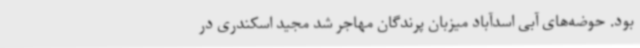
بود. حوضه‌های آبی اسدآباد میزبان پرندگان مهاجر شد مجید اسکندری در